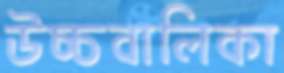
উচ্চবালিকা